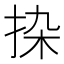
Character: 𰓟